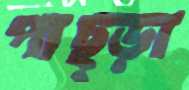
পাছ্‌ড়া